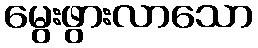
မွေးဖွားလာသော